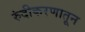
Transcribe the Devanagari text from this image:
रुंदीकरणातून